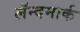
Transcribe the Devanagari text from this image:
लॅन्दमार्क